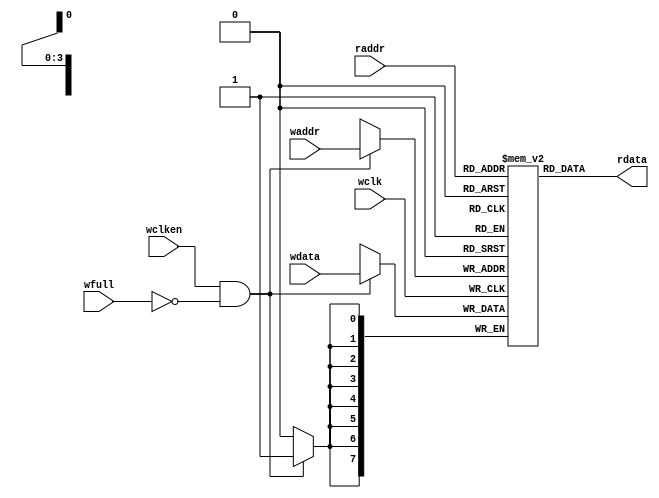
module fifomem #(parameter DSIZE = 8,
				 parameter ASIZE = 4)(
	//Input Port
	wclk,
	wclken,
	wfull,
	wdata,
	waddr,
	raddr,

    //Output Port
	rdata
); 

input	wclk, wclken, wfull;
input [DSIZE-1:0] wdata;
input [ASIZE-1:0] waddr, raddr;

output [DSIZE-1:0] rdata;


localparam DEPTH = 1<<ASIZE;
reg [DSIZE-1:0] mem [DEPTH-1:0];

assign rdata = mem[raddr];

always @(posedge wclk)
	if(wclken && !wfull) mem[waddr] <= wdata;
	
endmodule